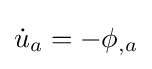
{\dot {u}}_{a}=-\phi _{,a}